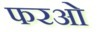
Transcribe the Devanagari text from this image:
फरओ